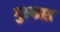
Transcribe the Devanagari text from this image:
गुल्फाग्र